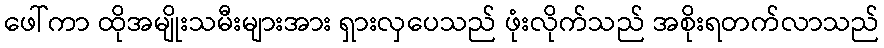
ဖေါ်ကာ ထိုအမျိုးသမီးများအား ရှားလှပေသည် ဖုံးလိုက်သည် အစိုးရတက်လာသည်